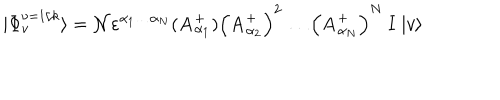
| \Phi _ { v } ^ { \nu = 1 / k } \rangle = { \cal N } \varepsilon ^ { \alpha _ { 1 } \dots \alpha _ { N } } ( { \bf A } { _ { \alpha _ { 1 } } ^ { + } } ) \Big ( { \bf A } _ { \alpha _ { 2 } } ^ { + } \Big ) ^ { 2 } \dots \Big ( { \bf A } _ { \alpha _ { N } } ^ { + } \Big ) ^ { N } \ { \bf I } \; | v \rangle